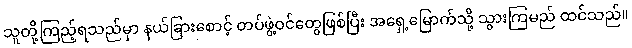
သူတို့ကြည့်ရသည်မှာ နယ်ခြားစောင့် တပ်ဖွဲ့ဝင်တွေဖြစ်ပြီး အရှေ့မြောက်သို့ သွားကြမည် ထင်သည်။